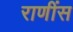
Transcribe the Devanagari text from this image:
राणींस